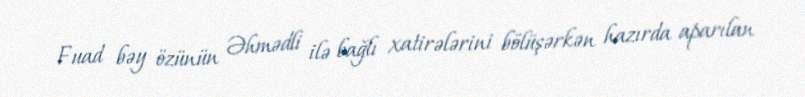
Fuad bəy özünün Əhmədli ilə bağlı xatirələrini bölüşərkən hazırda aparılan